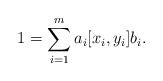
LaTeX: \begin{align*}1=\sum_{i=1}^ma_i[x_i,y_i]b_i.\end{align*}